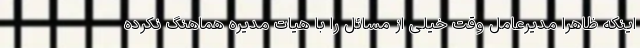
اینکه ظاهرا مدیرعامل وقت خیلی از مسائل را با هیات مدیره هماهنگ نکرده